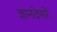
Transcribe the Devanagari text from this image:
ज्ञानदेणारें